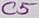
Text: C5